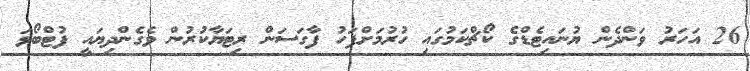
26 އަހަރު ވަންދެން ޔުނައިޓެޑްގެ ކޯޗްކަމުގައި ހުރުމަށްފަހު ފާގަސަން ރިޓަޔާކުރުން ވެގެންދިޔައީ ފުޓްބޯޅަ